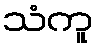
သံကူ